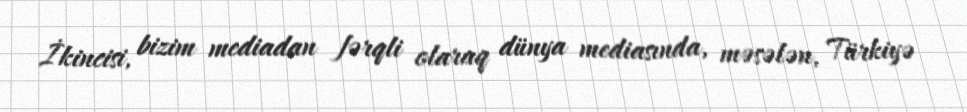
İkincisi, bizim mediadan fərqli olaraq dünya mediasında, məsələn, Türkiyə